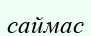
саймас